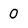
Character: 0